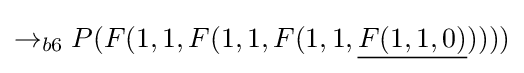
\rightarrow _{b6}P(F(1,1,F(1,1,F(1,1,{\underline {F(1,1,0)}}))))